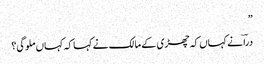
”
دراؔ نے کہاں کہ چھڑی کے مالک نے کہا کہ کہاں ملوگی؟